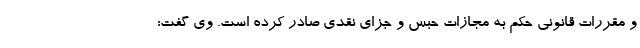
و مقررات قانونی حکم به مجازات حبس و جزای نقدی صادر کرده است. وی گفت: